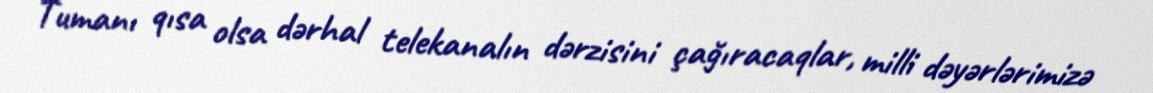
Tumanı qısa olsa dərhal telekanalın dərzisini çağıracaqlar, milli dəyərlərimizə